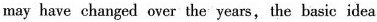
may have changed over the years,the basic idea